Note on the mental hospitals in Burma - 1925-1940
Year: 1925
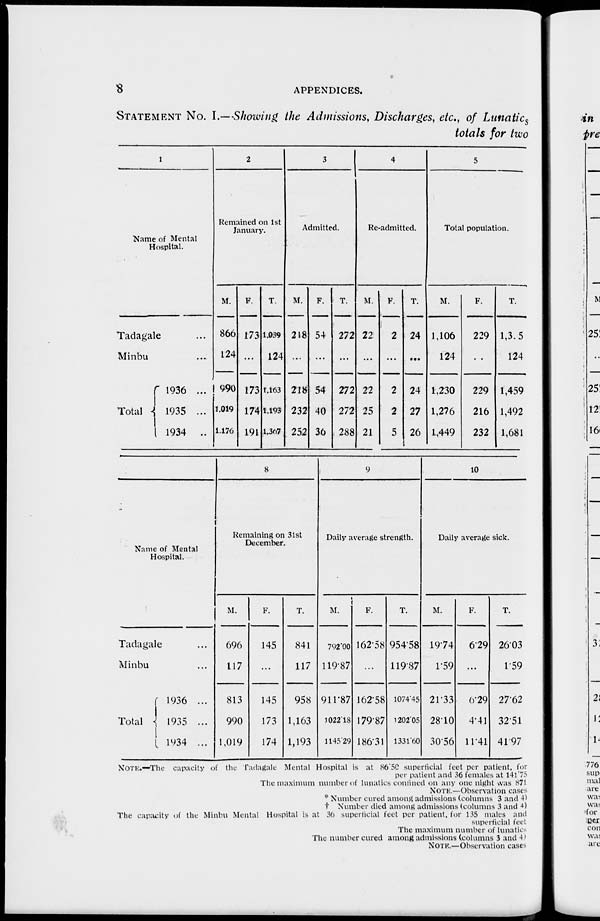
8
APPENDICES.
STATEMENT No. I.—Showing the Admissions, Discharges, etc., of Lunatics
totals for two
1
Name of Mental
Hospital.
Tadagale ...
Minbu ...
Total
1936 ...
1935 ...
1934 ..
2
Remained on 1st
January.
M.
866
124
990
1,019
1,176
F.
173
...
173
174
191
T.
1,039
124
1,163
1,193
1,367
3
Admitted.
M.
218
...
218
232
252
F.
54
...
54
40
36
T.
272
...
272
272
288
4
Re-admitted.
M.
22
...
22
25
21
F.
2
...
2
2
5
T.
24
...
24
27
26
5
Total population.
M.
1,106
124
1,230
1,276
1,449
F.
229
...
229
216
232
T.
1,335
124
1,459
1,492
1,681
Name of Mental
Hospital.
Tadagale ...
Minbu ...
Total
1936 ...
1935 ...
1934 ...
8
Remaining on 31st
December.
M.
696
117
813
990
1,019
F.
145
...
145
173
174
T.
841
117
958
1,163
1,193
9
Daily average strength.
M.
792.00
119.87
911.87
1022.18
1145.29
F.
162.58
...
162.58
179.87
186.31
T.
954.58
119.87
1074.45
1202.05
1331.60
10
Daily average sick.
M.
19.74
1.59
21.33
28.10
30.56
F.
6.29
...
6.29
4.41
11.41
T.
26.03
1.59
27.62
32.51
41.97
NOTE.—The capacity of the Tadagale Mental Hospital is at 86.50 superficial feet per patient, for
per patient and 36 females at 141.75
The maximum number of lunatics confined on any one night was 871
NOTE.—Observation cases
* Number cured among admissions (columns 3 and 4)
† Number died among admissions (columns 3 and 4)
The capacity of the Minbu Mental Hospital is at 36 superficial feet per patient, for 135 males and
superficial feet
The maximum number of lunatics
The number cured among admissions (columns 3 and 4'
NOTE.—Observation cases